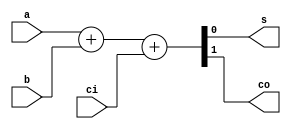
// 1-bit Full Adder (Description: Dataflow 2)

module P1_FA_dataflow2(
    output          s,   // sum
    output          co,  // carry out
    input           a,   // input a
    input           b,   // input b
    input           ci   // carry in
);

    assign          {co, s} = a + b + ci;

endmodule